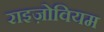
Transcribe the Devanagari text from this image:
राइज़ोवियम